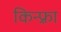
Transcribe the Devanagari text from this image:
किन्फ़्रा